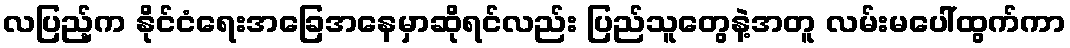
လပြည့်က နိုင်ငံရေးအခြေအနေမှာဆိုရင်လည်း ပြည်သူတွေနဲ့အတူ လမ်းမပေါ်ထွက်ကာ